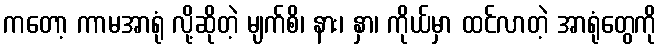
ကတော့ ကာမအာရုံ လို့ဆိုတဲ့ မျက်စိ၊ နား၊ နှာ၊ ကိုယ်မှာ ထင်လာတဲ့ အာရုံတွေကို